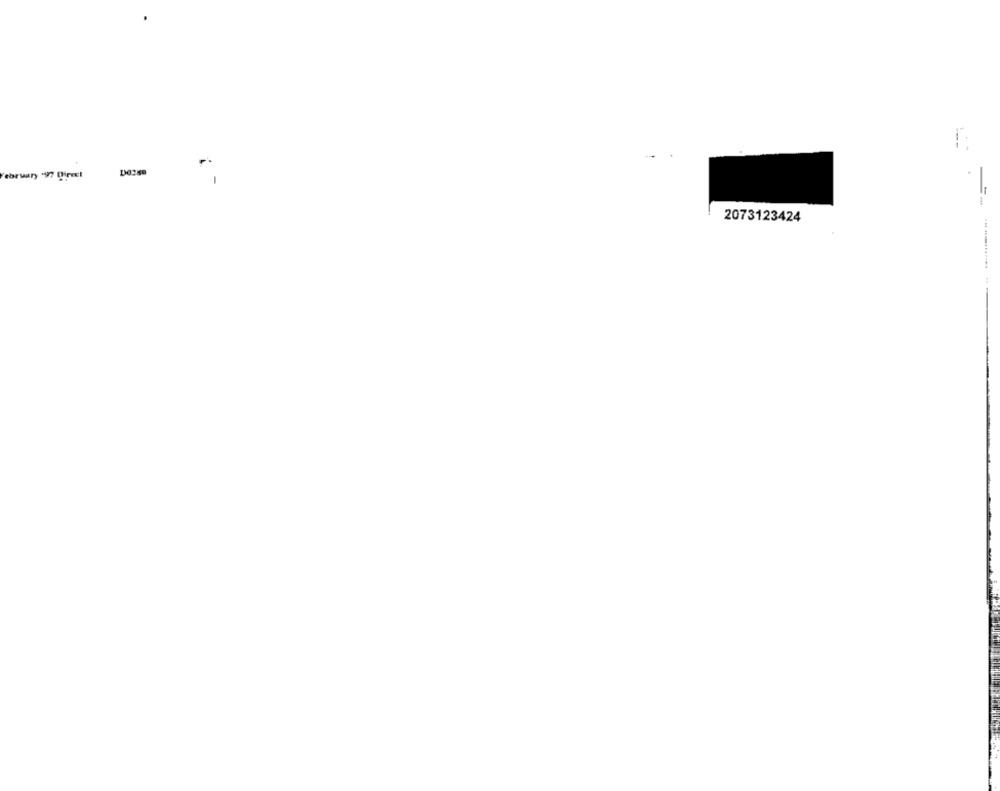
february 97 Direct
-
2073123424
... ..........